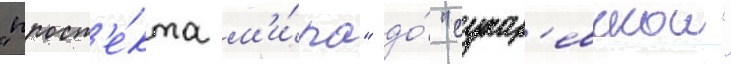
"просп'е́кта м'и́ра" до́ "сухар'евскои"